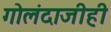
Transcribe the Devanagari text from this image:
गोलंदाजीही